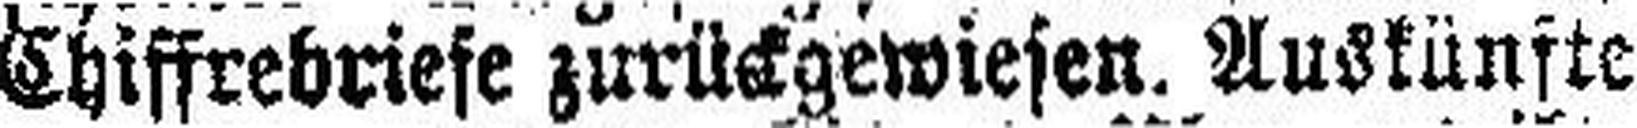
Chiffrebriefe zurückgewiesen. Auskünfte